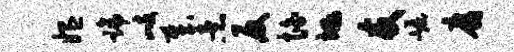
媪蹄歧哉煮反怕埏友崛腐